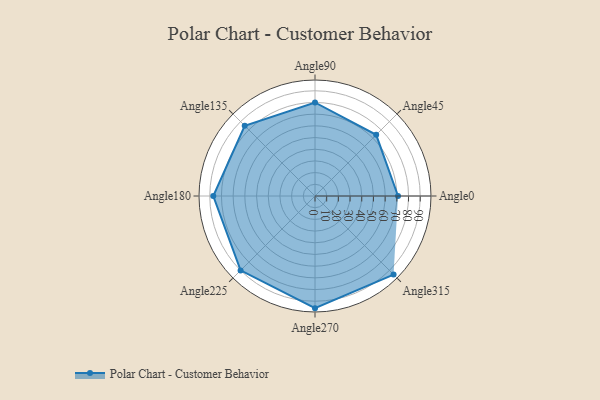
{"axis": {"x": "Angle", "y": "Radius"}, "legend": [""], "data": [{"x": "Angle0", "y": 71.0, "type": ""}, {"x": "Angle45", "y": 74.0, "type": ""}, {"x": "Angle90", "y": 80.0, "type": ""}, {"x": "Angle135", "y": 85.0, "type": ""}, {"x": "Angle180", "y": 87.0, "type": ""}, {"x": "Angle225", "y": 90.0, "type": ""}, {"x": "Angle270", "y": 96.0, "type": ""}, {"x": "Angle315", "y": 95.0, "type": ""}]}